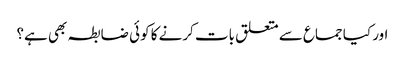
اور کیا جماع سے متعلق بات کرنے کا کوئی ضابطہ بھی ہے؟